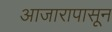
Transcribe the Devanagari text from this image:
आजारापासून